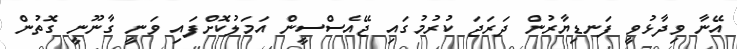
އޭނާ ވިދާޅުވީ ފަނޑިޔާރުން ދަރަޖަ ކުރުމުގައި ޖޭއެސްސީން އަމަލުކޮށްފައި ވަނީ ގާނޫނީ ގޮތުން